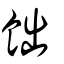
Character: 飿